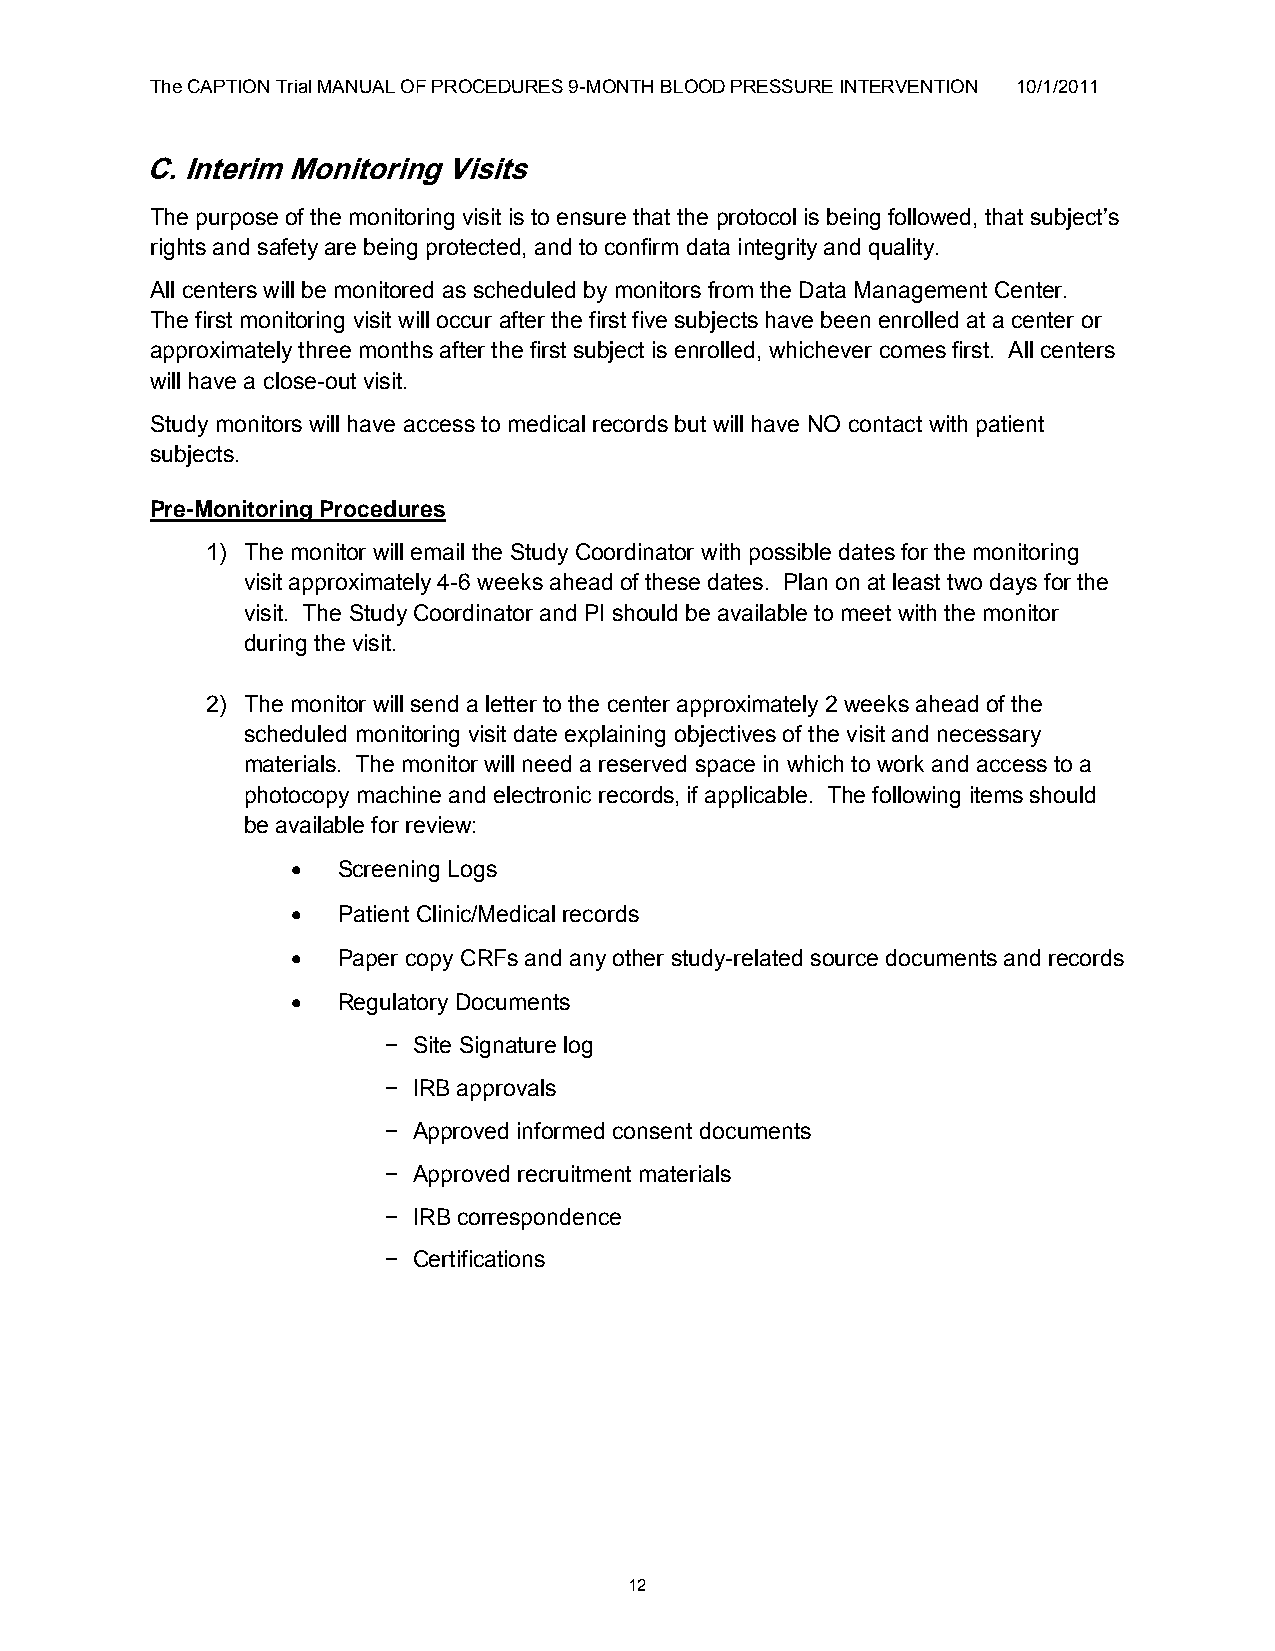
The CAPTION Trial MANUAL OF PROCEDURES 9-MONTH BLOOD PRESSURE INTERVENTION 10/1/2011
 C. Interim Monitoring Visits
 The purpose of the monitoring visit is to ensure that the protocol is being followed, that subject‟s
 rights and safety are being protected, and to confirm data integrity and quality.
 All centers will be monitored as scheduled by monitors from the Data Management Center.
 The first monitoring visit will occur after the first five subjects have been enrolled at a center or
 approximately three months after the first subject is enrolled, whichever comes first. All centers
 will have a close-out visit.
 Study monitors will have access to medical records but will have NO contact with patient
 subjects.
 Pre-Monitoring Procedures
 1) The monitor will email the Study Coordinator with possible dates for the monitoring
 visit approximately 4-6 weeks ahead of these dates. Plan on at least two days for the
 visit. The Study Coordinator and PI should be available to meet with the monitor
 during the visit.
 2) The monitor will send a letter to the center approximately 2 weeks ahead of the
 scheduled monitoring visit date explaining objectives of the visit and necessary
 materials. The monitor will need a reserved space in which to work and access to a
 photocopy machine and electronic records, if applicable. The following items should
 be available for review:
   Screening Logs
   Patient Clinic/Medical records
   Paper copy CRFs and any other study-related source documents and records
   Regulatory Documents
 − Site Signature log
 − IRB approvals
 − Approved informed consent documents
 − Approved recruitment materials
 − IRB correspondence
 − Certifications
 12